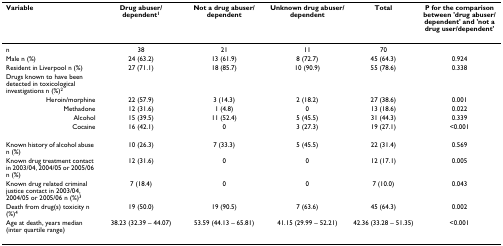
<table><thead><tr><td><b>Variable</b></td><td><b>Drug abuser/dependent<sup>1</sup></b></td><td><b>Not a drug abuser/dependent</b></td><td><b>Unknown drug abuser/dependent</b></td><td><b>Total</b></td><td><b>P for the comparison between &#x27;drug abuser/dependent&#x27; and &#x27;not a drug user/dependent&#x27;</b></td></tr></thead><tbody><tr><td>n</td><td>38</td><td>21</td><td>11</td><td>70</td><td></td></tr><tr><td>Male n (%)</td><td>24 (63.2)</td><td>13 (61.9)</td><td>8 (72.7)</td><td>45 (64.3)</td><td>0.924</td></tr><tr><td>Resident in Liverpool n (%)</td><td>27 (71.1)</td><td>18 (85.7)</td><td>10 (90.9)</td><td>55 (78.6)</td><td>0.338</td></tr><tr><td>Drugs known to have been detected in toxicological investigations n (%)<sup>2</sup></td><td></td><td></td><td></td><td></td><td></td></tr><tr><td>Heroin/morphine</td><td>22 (57.9)</td><td>3 (14.3)</td><td>2 (18.2)</td><td>27 (38.6)</td><td>0.001</td></tr><tr><td>Methadone</td><td>12 (31.6)</td><td>1 (4.8)</td><td>0</td><td>13 (18.6)</td><td>0.022</td></tr><tr><td>Alcohol</td><td>15 (39.5)</td><td>11 (52.4)</td><td>5 (45.5)</td><td>31 (44.3)</td><td>0.339</td></tr><tr><td>Cocaine</td><td>16 (42.1)</td><td>0</td><td>3 (27.3)</td><td>19 (27.1)</td><td>&lt;0.001</td></tr><tr><td>Known history of alcohol abuse n (%)</td><td>10 (26.3)</td><td>7 (33.3)</td><td>5 (45.5)</td><td>22 (31.4)</td><td>0.569</td></tr><tr><td>Known drug treatment contact in 2003/04, 2004/05 or 2005/06 n (%)</td><td>12 (31.6)</td><td>0</td><td>0</td><td>12 (17.1)</td><td>0.005</td></tr><tr><td>Known drug related criminal justice contact in 2003/04, 2004/05 or 2005/06 n (%)<sup>3</sup></td><td>7 (18.4)</td><td>0</td><td>0</td><td>7 (10.0)</td><td>0.043</td></tr><tr><td>Death from drug(s) toxicity n (%)<sup>4</sup></td><td>19 (50.0)</td><td>19 (90.5)</td><td>7 (63.6)</td><td>45 (64.3)</td><td>0.002</td></tr><tr><td>Age at death, years median (inter quartile range)</td><td>38.23 (32.39 – 44.07)</td><td>53.59 (44.13 – 65.81)</td><td>41.15 (29.99 – 52.21)</td><td>42.36 (33.28 – 51.35)</td><td>&lt;0.001</td></tr></tbody></table>